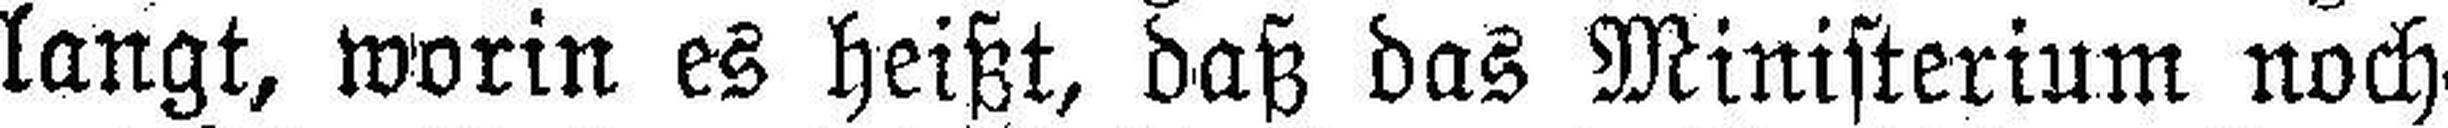
langt, worin es heißt, daß das Ministerium noch